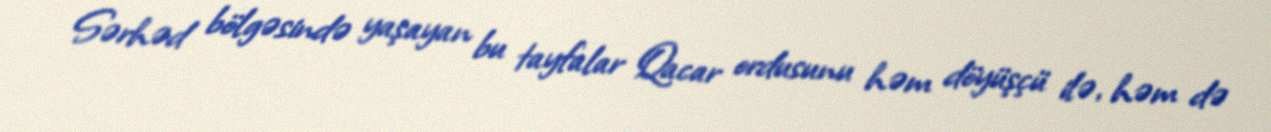
Sərhəd bölgəsində yaşayan bu tayfalar Qacar ordusunu həm döyüşçü ilə, həm də